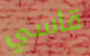
قاسي